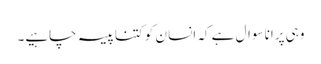
وہی پرانا سوال ہے کہ انسا ن کو کتنا پیسہ چاہیے۔